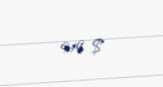
919 $